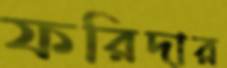
ফরিদার